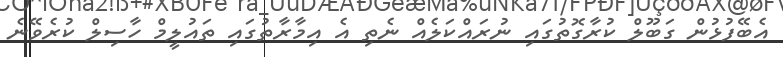
އެބޭފުޅުން ގަބޫލް ކުރާގޮތުގައި ނުރައްކަލެއް ނެތި އެ އިމާރާތުގައި ތައުލީމް ހާސިލް ކުރެވޭނެ